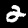
Label: 2